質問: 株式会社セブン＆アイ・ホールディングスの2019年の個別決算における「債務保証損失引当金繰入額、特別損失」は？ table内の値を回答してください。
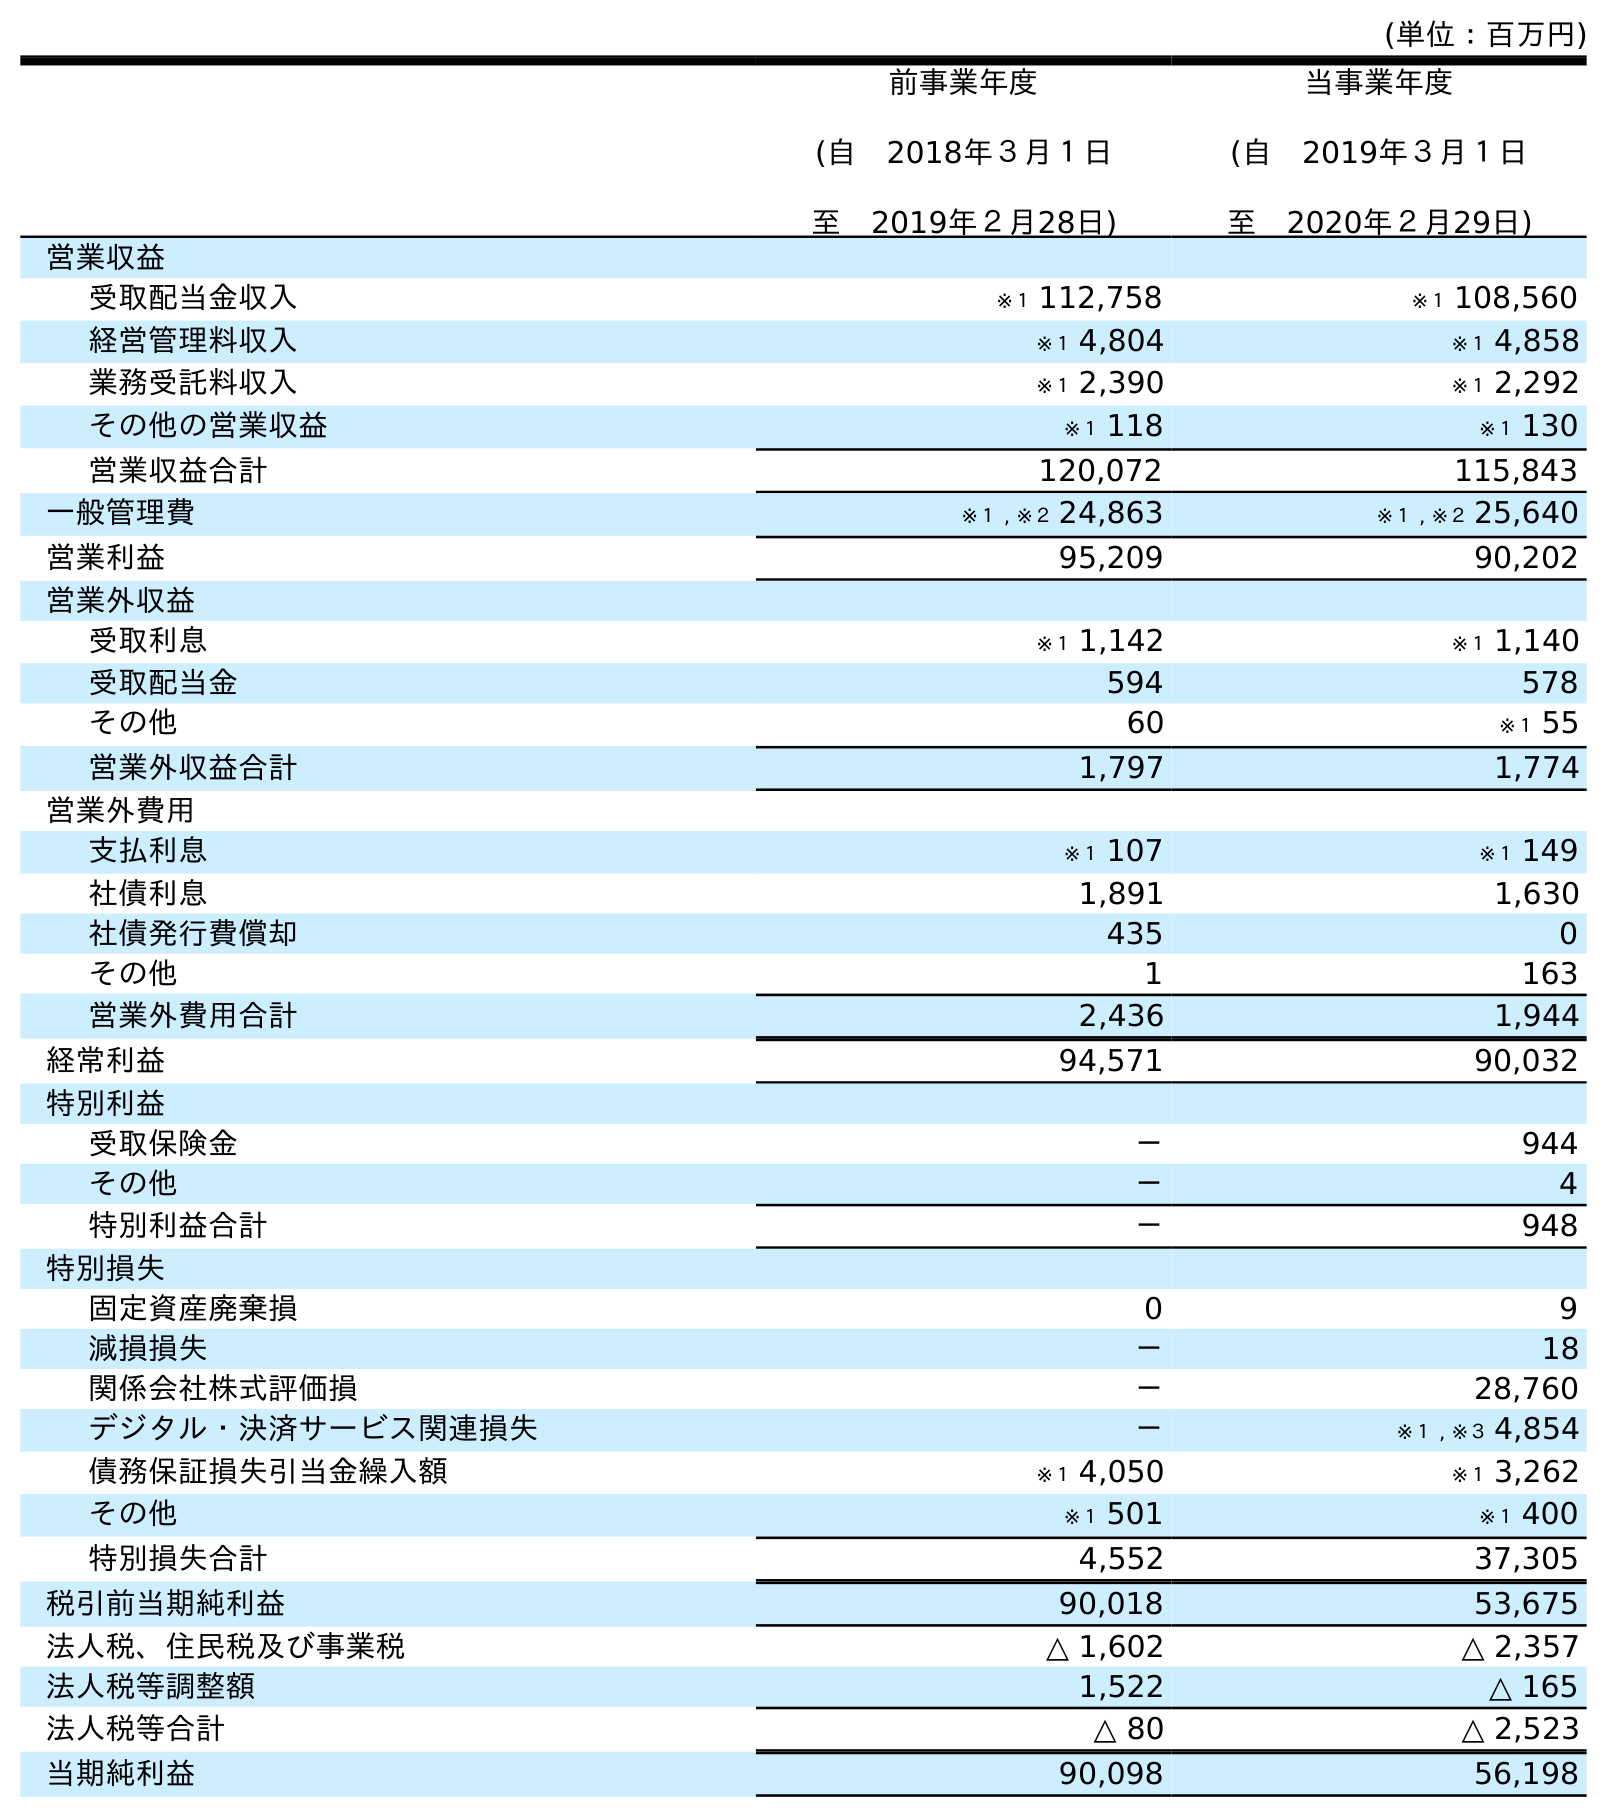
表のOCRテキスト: (単位：百万円) 前事業年度 (自 2018年３月１日 至 2019年２月28日) 当事業年度 (自 2019年３月１日 至 2020年２月29日) 営業収益 受取配当金収入 ※１ 112,758 ※１ 108,560 経営管理料収入 ※１ 4,804 ※１ 4,858 業務受託料収入 ※１ 2,390 ※１ 2,292 その他の営業収益 ※１ 118 ※１ 130 営業収益合計 120,072 115,843 一般管理費 ※１ , ※２ 24,863 ※１ , ※２ 25,640 営業利益 95,209 90,202 営業外収益 受取利息 ※１ 1,142 ※１ 1,140 受取配当金 594 578 その他 60 ※１ 55 営業外収益合計 1,797 1,774 営業外費用 支払利息 ※１ 107 ※１ 149 社債利息 1,891 1,630 社債発行費償却 435 0 その他 1 163 営業外費用合計 2,436 1,944 経常利益 94,571 90,032 特別利益 受取保険金 － 944 その他 － 4 特別利益合計 － 948 特別損失 固定資産廃棄損 0 9 減損損失 － 18 関係会社株式評価損 － 28,760 デジタル・決済サービス関連損失 － ※１ , ※３ 4,854 債務保証損失引当金繰入額 ※１ 4,050 ※１ 3,262 その他 ※１ 501 ※１ 400 特別損失合計 4,552 37,305 税引前当期純利益 90,018 53,675 法人税、住民税及び事業税 △ 1,602 △ 2,357 法人税等調整額 1,522 △ 165 法人税等合計 △ 80 △ 2,523 当期純利益 90,098 56,198
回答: ※１4,050